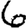
Digit: 6